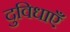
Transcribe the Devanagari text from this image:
दुविधाएँ